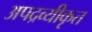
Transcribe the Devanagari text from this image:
अपद्रव्यीकृत